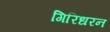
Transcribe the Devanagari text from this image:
गिरिधरन